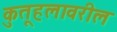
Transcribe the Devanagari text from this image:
कुतूहलावरील